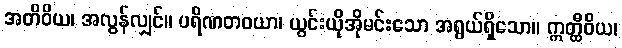
အတိဝိယ၊ အလွန်လျှင်။ ပရိဏတဝယာ၊ ယွင်းယိုအိုမင်းသော အရွယ်ရှိသော။ ဣတ္ထီဝိယ၊